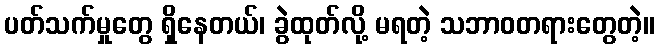
ပတ်သက်မှုတွေ ရှိနေတယ်၊ ခွဲထုတ်လို့ မရတဲ့ သဘာဝတရားတွေတဲ့။